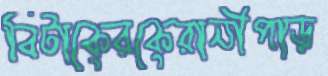
বিটাকেরকেরানীপাড়